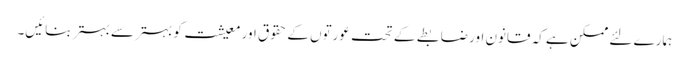
ہمارے لئے ممکن ہے کہ قانون اور ضابطے کے تحت عورتوں کے حقوق اور معیشت کو بہتر سے بہتر بنائیں۔